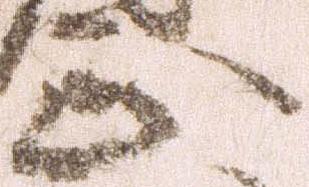
正